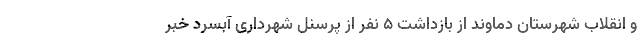
و انقلاب شهرستان دماوند از بازداشت ۵ نفر از پرسنل شهرداری آبسرد خبر